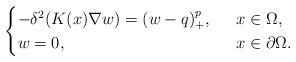
\begin{align*}\begin{cases}-\delta^2(K(x)\nabla w)= (w-q)^{p}_+,\ \ &x\in \Omega,\\w=0,\ \ &x\in\partial \Omega.\end{cases}\end{align*}